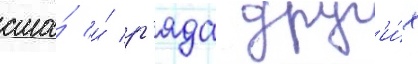
сша́ и́ р'яда друг'и́х